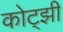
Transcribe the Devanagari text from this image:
कोट्झी